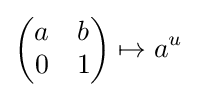
{\begin{pmatrix}a&b\\0&1\end{pmatrix}}\mapsto a^{u}